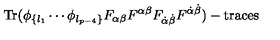
\mathrm { T r } ( \phi _ { \{ l _ { 1 } } \cdots \phi _ { l _ { p - 4 } \} } F _ { \alpha \beta } F ^ { \alpha \beta } F _ { \dot { \alpha } \dot { \beta } } F ^ { \dot { \alpha } \dot { \beta } } ) - \mathrm { t r a c e s }